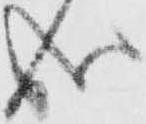
成